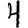
Digit: 4